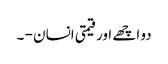
دو اچھے اور قیمتی انسان - ۔